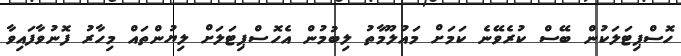
ހޮސްޕިޓަލަކުން ބޭސް ކުރެވޭނެ ކަމަށް މައުލޫމާތު ލިބުމުން އެހޮސްޕިޓަލަށް ލިޔުންތައް މިހާރު ފޮނުވާފައިވާ